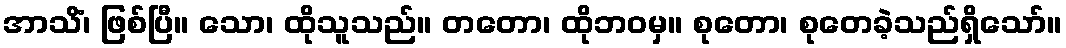
အာသိံ၊ ဖြစ်ပြီ။ သော၊ ထိုသူသည်။ တတော၊ ထိုဘဝမှ။ စုတော၊ စုတေခဲ့သည်ရှိသော်။